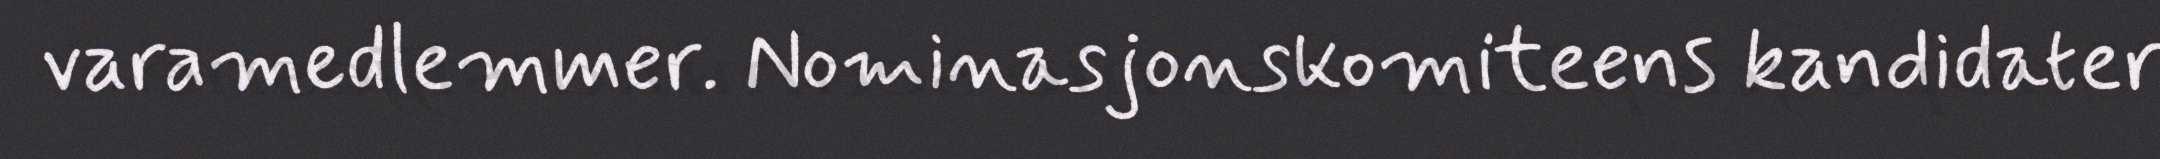
varamedlemmer. Nominasjonskomiteens kandidater